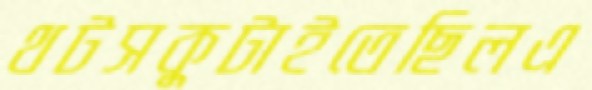
থটসকুটাইতেছিলএ